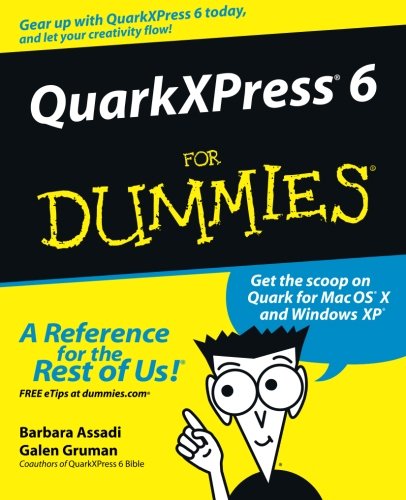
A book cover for QuarkXPress 6 For Dummies; Barbara Assadi; Computers & Technology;